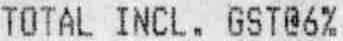
TOTAL INCL. GST@6%